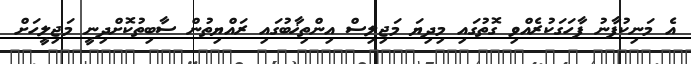
އެ މަނިކުފާނު ފާހަގަކުރެއްވި ގޮތުގައި މިދިޔަ މަޖިލިސް އިންތިޚާބުގައި ރައްޔިތުން ސާބިތުކޮށްދިނީ މަޖިލީހަށް